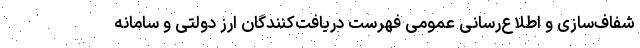
شفاف‌سازی و اطلاع‌رسانی عمومی فهرست دریافت‌کنندگان ارز دولتی و سامانه